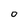
Character: O